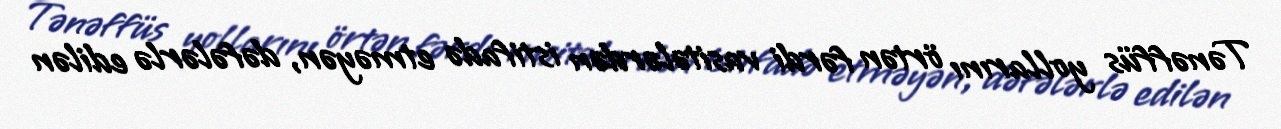
Tənəffüs yollarını örtən fərdi vasitələrdən istifadə etməyən, dəfələrlə edilən